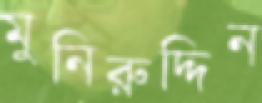
মুনিরুদ্দিন